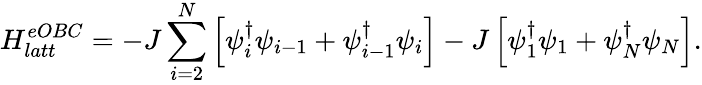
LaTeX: H_{latt}^{eOBC}=-J\sum_{i=2}^{N}\left[\psi_{i}^{\dagger}\psi_{i-1}+\psi_{i-1}^{\dagger}\psi_{i}\right]-J\left[\psi_{1}^{\dagger}\psi_{1}+\psi_{N}^{\dagger}\psi_{N}\right].